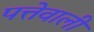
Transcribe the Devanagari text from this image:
पत्तेवाली